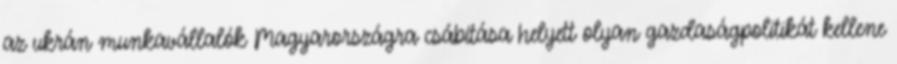
az ukrán munkavállalók Magyarországra csábítása helyett olyan gazdaságpolitikát kellene